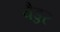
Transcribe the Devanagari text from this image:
चैड्डर